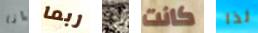
انا ربما لو كانت لذا